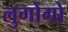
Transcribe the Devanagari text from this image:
लुगोगो